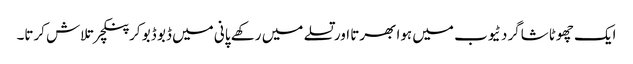
ایک چھوٹا شاگرد ٹیوب میں ہوا بھرتا اور تسلے میں رکھے پانی میں ڈبو ڈبو کر پنکچر تلاش کرتا۔